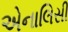
એનાલિસી